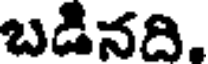
బడినది,